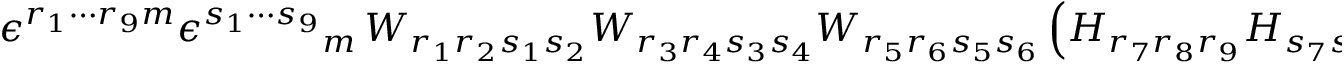
\epsilon ^ { r _ { 1 } \cdots r _ { 9 } m } \epsilon ^ { s _ { 1 } \cdots s _ { 9 } } { } _ { m } \, W _ { r _ { 1 } r _ { 2 } s _ { 1 } s _ { 2 } } W _ { r _ { 3 } r _ { 4 } s _ { 3 } s _ { 4 } } W _ { r _ { 5 } r _ { 6 } s _ { 5 } s _ { 6 } } \, \Big ( H _ { r _ { 7 } r _ { 8 } r _ { 9 } } H _ { s _ { 7 } s _ { 8 } s _ { 9 } } - 3 \, H _ { r _ { 7 } r _ { 8 } s _ { 9 } } H _ { s _ { 7 } s _ { 8 } r _ { 9 } } \Big ) = 0 \, .